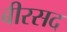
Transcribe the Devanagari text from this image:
बीरसद